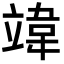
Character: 𫁨